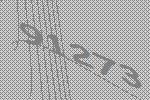
91273